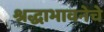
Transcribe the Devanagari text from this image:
श्रद्धाभावनेचे